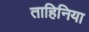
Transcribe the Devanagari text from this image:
ताहिनिया